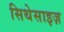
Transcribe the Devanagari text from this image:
सिथेसाइज़